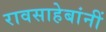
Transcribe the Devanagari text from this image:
रावसाहेबांनीं